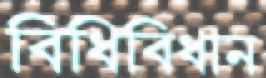
বিধিবিধান